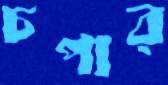
চপার